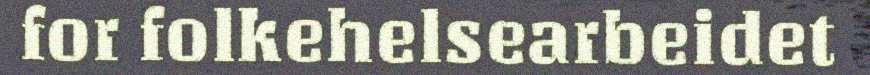
for folkehelsearbeidet